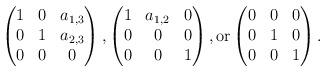
LaTeX: \begin{align*}\begin{pmatrix}1&0&a_{1,3}\\0&1&a_{2,3}\\0&0&0\end{pmatrix},\begin{pmatrix}1&a_{1,2}&0\\0&0&0\\0&0&1\end{pmatrix},\textrm{or}\begin{pmatrix}0&0&0\\0&1&0\\0&0&1\end{pmatrix}.\end{align*}